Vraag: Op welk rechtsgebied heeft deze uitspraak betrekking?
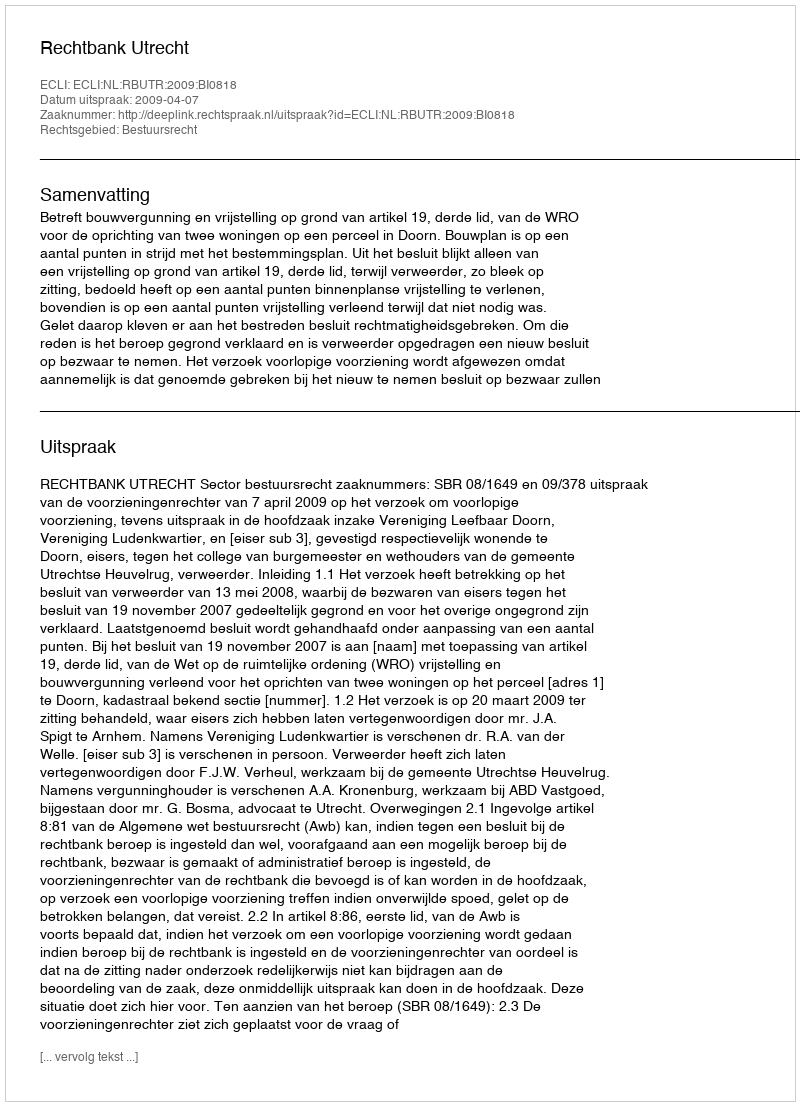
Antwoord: Bestuursrecht